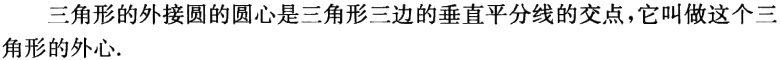
三角形的外接圆的圆心是三角形三边的垂直平分线的交点，它叫做这个三角形的外心.